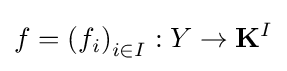
f=\left(f_{i}\right)_{i\in I}:Y\to \mathbf {K} ^{I}